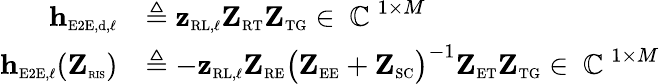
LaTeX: \begin{array}{rl}{\mathbf{h}_{\scriptscriptstyle\mathrm{E2E},\scriptscriptstyle\mathrm{d},\ell}}&{\triangleq\mathbf{z}_{\scriptscriptstyle\mathrm{R}\scriptscriptstyle\mathrm{L},\ell}\mathbf{Z}_{\scriptscriptstyle\mathrm{R}\scriptscriptstyle\mathrm{T}}\mathbf{Z}_{\scriptscriptstyle\mathrm{T}\scriptscriptstyle\mathrm{G}}\in\mathrm{~\mathbb{C}~}^{1\times M}}\\ {\mathbf{h}_{\scriptscriptstyle\mathrm{E2E},\ell}(\mathbf{Z}_{\textnormal{\tiny{RIS}}})}&{\triangleq-\mathbf{z}_{\scriptscriptstyle\mathrm{R}\scriptscriptstyle\mathrm{L},\ell}\mathbf{Z}_{\scriptscriptstyle\mathrm{R}\scriptscriptstyle\mathrm{E}}\big(\mathbf{Z}_{\scriptscriptstyle\mathrm{E}\scriptscriptstyle\mathrm{E}}+\mathbf{Z}_{\scriptscriptstyle\mathrm{SC}}\big)^{-1}\mathbf{Z}_{\scriptscriptstyle\mathrm{E}\scriptscriptstyle\mathrm{T}}\mathbf{Z}_{\scriptscriptstyle\mathrm{T}\scriptscriptstyle\mathrm{G}}\in\mathrm{~\mathbb{C}~}^{1\times M}}\end{array}